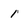
Character: 1